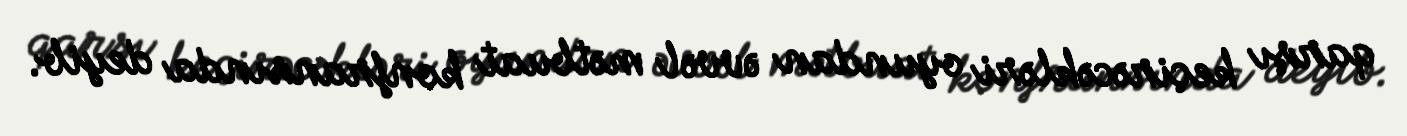
qarşı keçirəcəkləri oyundan əvvəl mətbuat konfransında deyib.